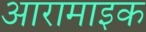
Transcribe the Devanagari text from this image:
आरामाइक